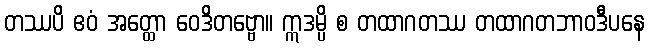
တဿပိ ဧဝံ အတ္ထော ဝေဒိတဗ္ဗော။ ဣဒမ္ပိ စ တထာဂတဿ တထာဂတဘာဝဒီပနေ